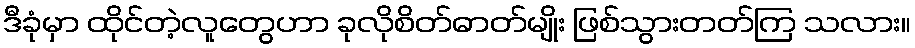
ဒီခုံမှာ ထိုင်တဲ့လူတွေဟာ ခုလိုစိတ်ဓာတ်မျိုး ဖြစ်သွားတတ်ကြ သလား။